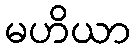
မဟိယာ